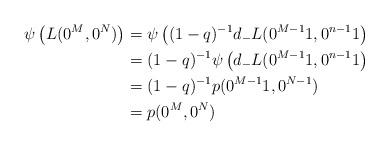
LaTeX: \begin{align*}\psi\left( L(0^M, 0^N) \right) &= \psi\left( (1-q)^{-1} d_- L(0^{M-1}1, 0^{n-1}1 \right) \\&= (1-q)^{-1} \psi\left( d_- L(0^{M-1}1, 0^{n-1}1 \right) \\&= (1-q)^{-1} p(0^{M-1}1, 0^{N-1}) \\&= p(0^M, 0^N)\end{align*}